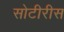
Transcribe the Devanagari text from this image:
सोटीरीस